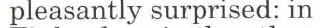
pleasantly surprised: in